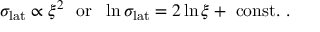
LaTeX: \sigma _ { \mathrm { l a t } } \propto \xi ^ { 2 } ~ ~ \mathrm { o r } ~ ~ \ln \sigma _ { \mathrm { l a t } } = 2 \ln \xi + ~ \mathrm { c o n s t . } ~ .